Source: Handwritten
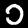
Digit: ၁ (1)